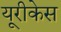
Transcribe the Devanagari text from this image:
यूरीकेस